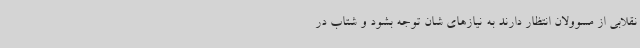
نقلابی از مسوولان انتظار دارند به نیازهای شان توجه بشود و شتاب در